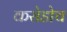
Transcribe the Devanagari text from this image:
करोडोच